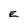
Character: E